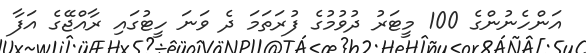
އަންހެނުންގެ 100 މީޓަރު ދުވުމުގެ ފުރަތަމަ ދެ ވަނަ ހީޓުގައި ރާއްޖޭގެ އަފާ